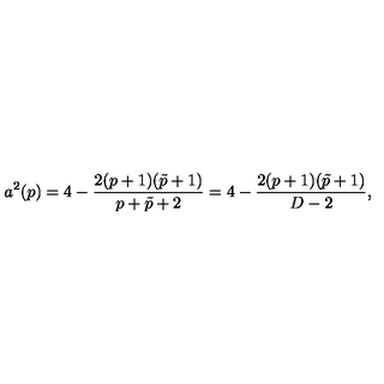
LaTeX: a ^ { 2 } ( p ) = 4 - { \frac { 2 ( p + 1 ) ( \tilde { p } + 1 ) } { p + \tilde { p } + 2 } } = 4 - { \frac { 2 ( p + 1 ) ( \tilde { p } + 1 ) } { D - 2 } } ,